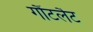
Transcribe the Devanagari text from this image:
गौंटलैट